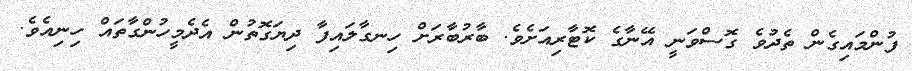
ފުންމައިގެން ތެދުވެ ގޮސްވަނީ އޭނާގެ ކޮޓާރިއަށެވެ. ބާރުބާރަށް ހިނގާލައިފާ ދިޔަގޮތުން އެދެމީހުންގާތައް ހިނިއެވެ.